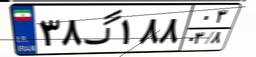
۳۷گ۹۳۶۴۹